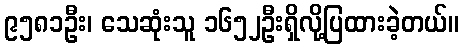
၉၅၈၁ဦး၊ သေဆုံးသူ ၁၆၅၂ဦးရှိလို့ပြထားခဲ့တယ်။